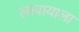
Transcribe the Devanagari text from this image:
लावायाला